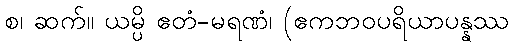
စ၊ ဆက်။ ယမ္ပိ ဧတံ-မရဏံ၊ (ဧကဘဝပရိယာပန္နဿ